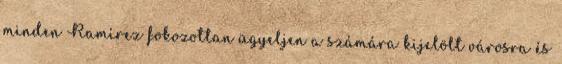
minden Ramírez fokozottan ügyeljen a számára kijelölt városra és